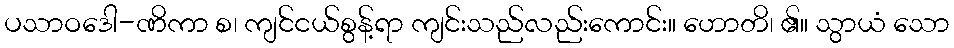
ပသာဝဒေါ-ဏိကာ စ၊ ကျင်ငယ်စွန့်ရာ ကျင်းသည်လည်းကောင်း။ ဟောတိ၊ ၏။ သွာယံ သော